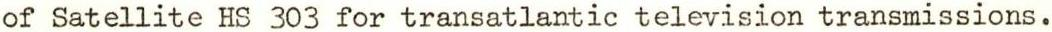
of Satellite HS 303 for transatlantic television transmissions.